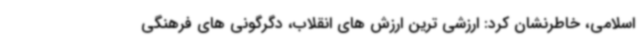
اسلامی، خاطرنشان کرد: ارزشی ترین ارزش های انقلاب، دگرگونی های فرهنگی